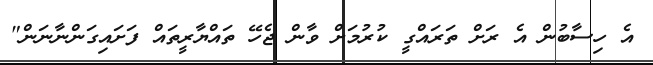
އެ ހިސާބުން އެ ރަށް ތަރައްގީ ކުރުމަށް ވާން ޖެހޭ ތައްޔާރީތައް ފަށައިގަންނާނަން"